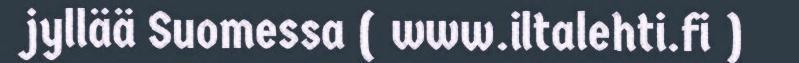
jyllää Suomessa ( www.iltalehti.fi )